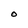
Character: O